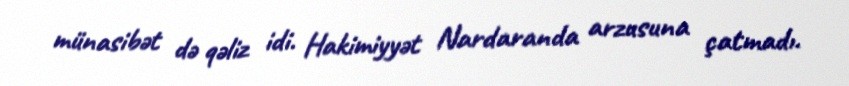
münasibət də qəliz idi. Hakimiyyət Nardaranda arzusuna çatmadı.